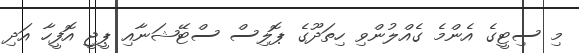
މި ސިޓީގެ އެންމެ ގެއްލުންވި ހިތަދޫގެ ޕޮލިސް ސްޓޭޝަނާއި ޕީޖީ އޮފީހާ އަދި